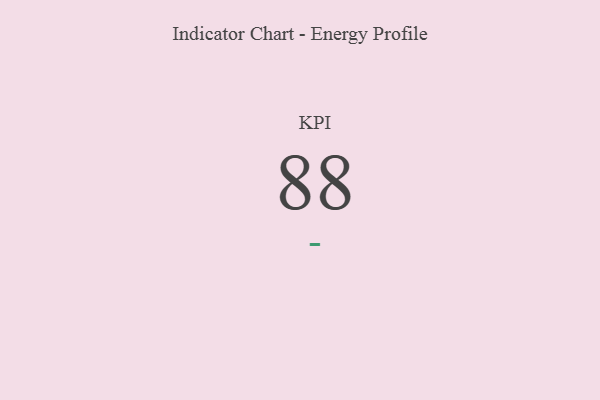
{"axis": {"x": "KPI", "y": "Value"}, "legend": [""], "data": [{"x": "KPI", "y": 88, "type": ""}]}